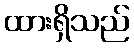
ထားရှိသည်